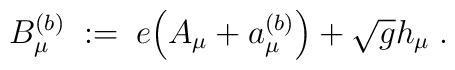
B_\mu^{(b)} \; := \; e \Big( A_\mu + a_\mu^{(b)} \Big) + \sqrt{g} h_\mu \; .